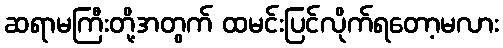
ဆရာမကြီးတို့အတွက် ထမင်းပြင်လိုက်ရတော့မလား